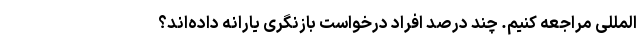
المللی مراجعه کنیم. چند درصد افراد درخواست بازنگری یارانه داده‌اند؟